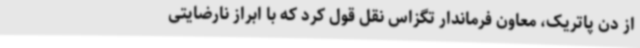
از دن پاتریک، معاون فرماندار تگزاس نقل قول کرد که با ابراز نارضایتی